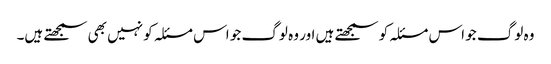
وہ لوگ جو اس مسئلہ کو سمجھتے ہیں اور وہ لوگ جو اس مسئلہ کو نہیں بھی سمجھتے ہیں۔